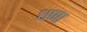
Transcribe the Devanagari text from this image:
धणा